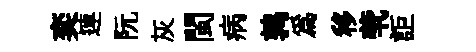
奕連阮灰閩病鹑爲移茕詎